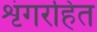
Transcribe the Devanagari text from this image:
शृंगरहित